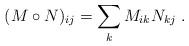
LaTeX: \begin{align*}(M\circ N)_{ij}=\sum_k M_{ik}N_{kj}\;.\end{align*}